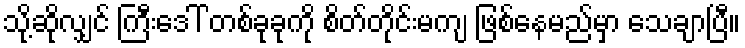
သို့ဆိုလျှင် ကြီးဒေါ် တစ်ခုခုကို စိတ်တိုင်းမကျ ဖြစ်နေမည်မှာ သေချာပြီ။